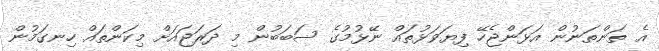
އެ ތަންތަނުން އަޅަންޖެހޭ ފިޔަވަޅުތައް ނޭޅުމުގެ ސަބަބުން މި ދަރަޖައަށް މިކަންތައް ހިނގަމުން